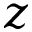
z